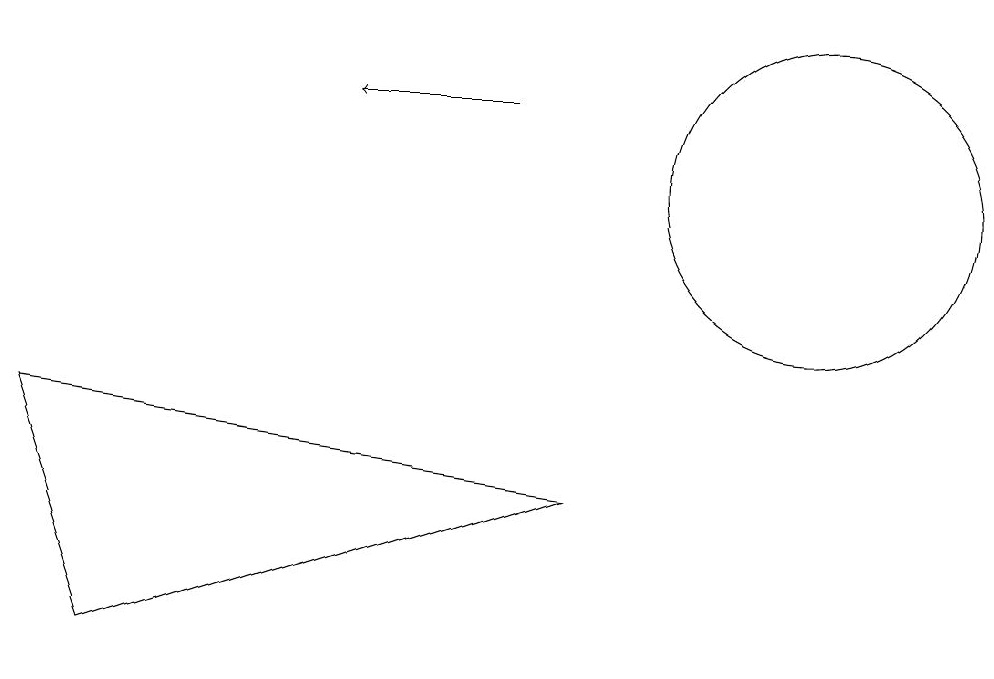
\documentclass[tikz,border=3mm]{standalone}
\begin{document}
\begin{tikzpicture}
\draw (10,10) circle (2);
\draw (1,4) -- (0,7) -- (7,6) -- cycle;
\draw[->] (6,11) -- (4,11);
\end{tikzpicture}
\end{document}